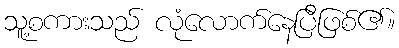
သူ့စကားသည် လုံလောက်နေပြီဖြစ်၏။